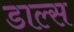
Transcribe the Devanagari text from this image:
डाल्स